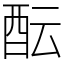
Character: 酝